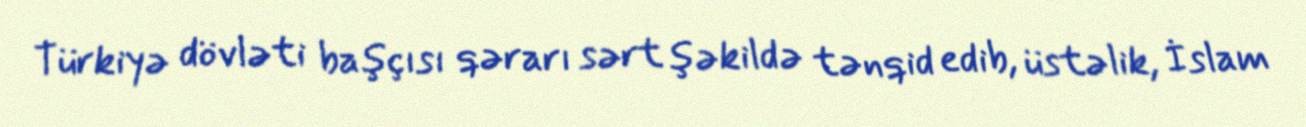
Türkiyə dövləti başçısı qərarı sərt şəkildə tənqid edib, üstəlik, İslam